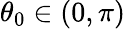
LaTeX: \theta_{0}\in(0,\pi)